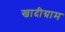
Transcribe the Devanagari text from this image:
खादीग्राम